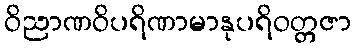
ဝိညာဏဝိပရိဏာမာနုပရိဝတ္တဇာ